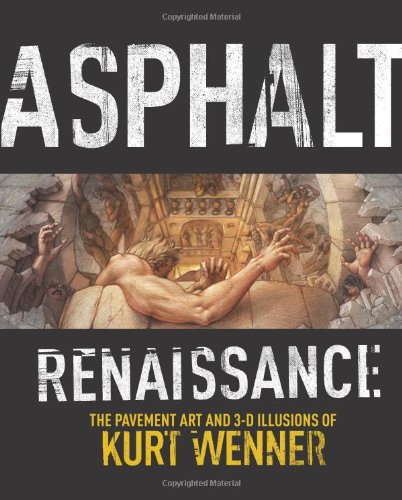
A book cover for Asphalt Renaissance: The Pavement Art and 3-D Illusions of Kurt Wenner; Arts & Photography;